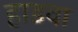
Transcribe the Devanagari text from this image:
हाडवा